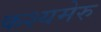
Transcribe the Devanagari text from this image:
कश्यमेरु